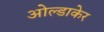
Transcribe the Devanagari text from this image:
ओल्डाकेर